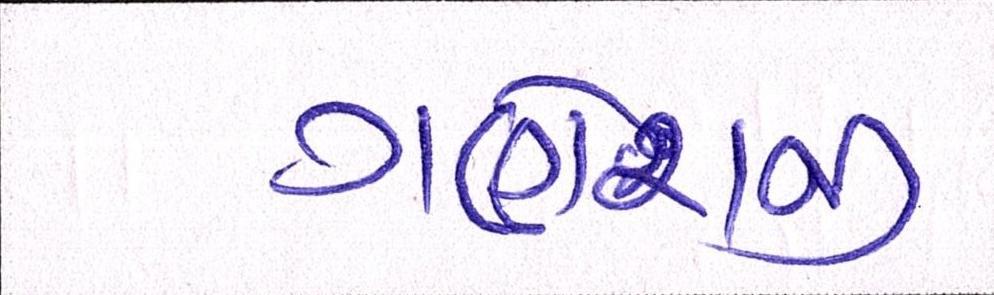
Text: ગણેશજી